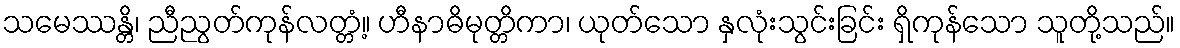
သမေဿန္တိ၊ ညီညွတ်ကုန်လတ္တံ့။ ဟီနာဓိမုတ္တိကာ၊ ယုတ်သော နှလုံးသွင်းခြင်း ရှိကုန်သော သူတို့သည်။